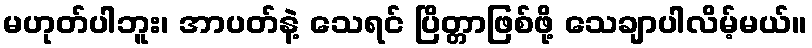
မဟုတ်ပါဘူး၊ အာပတ်နဲ့ သေရင် ပြိတ္တာဖြစ်ဖို့ သေချာပါလိမ့်မယ်။